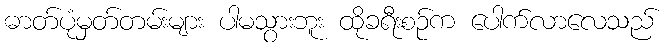
ဓာတ်ပုံမှတ်တမ်းများ ပါမသွားဘူး ထိုခရီးစဉ်က ပေါက်လာလေသည်